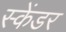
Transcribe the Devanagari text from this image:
स्केंडर